Annual report of the Imperial Bacteriologist
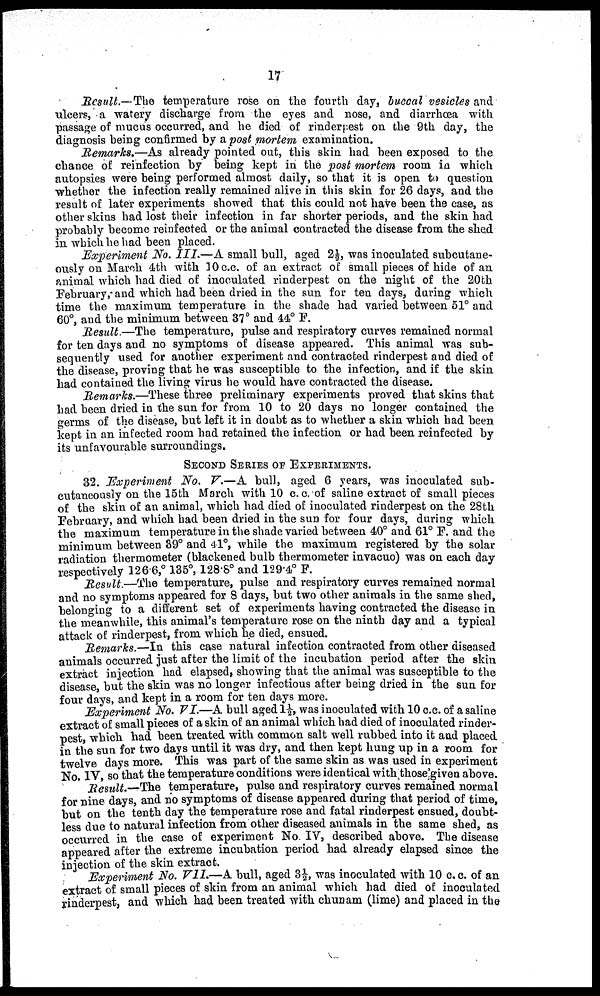
17
Result.—The temperature rose on the fourth day, buccal vesicles and
ulcers, a watery discharge from the eyes and nose, and diarrhœa with
passage of mucus occurred, and he died of rinderpest on the 9th day, the
diagnosis being confirmed by a post mortem examination.
Remarks.—As already pointed out, this skin had been exposed to the
chance of reinfection by being kept in the post mortem room in which
autopsies were being performed almost daily, so that it is open to question
whether the infection really remained alive in this skin for 26 days, and the
result of later experiments showed that this could not have been the case, as
other skins had lost their infection in far shorter periods, and the skin had
probably become reinfected or the animal contracted the disease from the shed
in which he had been placed.
Experiment No. III.—A small bull, aged 2½, was inoculated subcutane¬
ously on March 4th with 10 c.c. of an extract of small pieces of hide of an
animal which had died of inoculated rinderpest on the night of the 20th
February, and which had been dried in the sun for ten days, during which
time the maximum temperature in the shade had varied between 51° and
60°, and the minimum between 37° and 44° F.
Result —The temperature, pulse and respiratory curves remained normal
for ten days and no symptoms of disease appeared. This animal was sub-
sequently used for another experiment and contracted rinderpest and died of
the disease, proving that he was susceptible to the infection, and if the skin
had contained the living virus he would have contracted the disease.
Remarks.—These three preliminary experiments proved that skins that
had been dried in the sun for from 10 to 20 days no longer contained the
germs of the disease, but left it in doubt as to whether a skin which had been
kept in an infected room had retained the infection or had been reinfected by
its unfavourable surroundings.
SECOND SERIES OF EXPERIMENTS.
32. Experiment No. V.—A bull, aged 6 years, was inoculated sub¬
cutaneously on the 15th March with 10 c.c. of saline extract of small pieces
of the skin of an animal, which had died of inoculated rinderpest on the 28th
February, and which had been dried in the sun for four days, during which
the maximum temperature in the shade varied between 40° and 61° F. and the
minimum between 39° and 41°, while the maximum registered by the solar
radiation thermometer (blackened bulb thermometer invacuo) was on each day
respectively 126.6,° 135°, 128.8° and 129.4° F.
Result.—The temperature, pulse and respiratory curves remained normal
and no symptoms appeared for 8 days, but two other animals in the same shed,
belonging to a different set of experiments having contracted the disease in
the meanwhile, this animal's temperature rose on the ninth day and a typical
attack of rinderpest, from which he died, ensued.
Remarks.—In this case natural infection contracted from other diseased
animals occurred just after the limit of the incubation period after the skin
extract injection had elapsed, showing that the animal was susceptible to the
disease, but the skin was no longer infectious after being dried in the sun for
four days, and kept in a room for ten days more.
Experiment No. VI.—A bull aged 1½, was inoculated with 10 c.c. of a saline
extract of small pieces of a skin of an animal which had died of inoculated rinder-
pest, which had been treated with common salt well rubbed into it and placed
in the sun for two days until it was dry, and then kept hung up in a room for
twelve days more. This was part of the same skin as was used in experiment
No. IV, so that the temperature conditions were identical with those given above.
Result—The temperature, pulse and respiratory curves remained normal
for nine days, and no symptoms of disease appeared during that period of time,
but on the tenth day the temperature rose and fatal rinderpest ensued, doubt-
less due to natural infection from other diseased animals in the same shed, as
occurred in the case of experiment No. IV, described above. The disease
appeared after the extreme incubation period had already elapsed since the
injection of the skin extract.
Experiment No. VII—A bull, aged 3½, was inoculated with 10 c. c. of an
extract of small pieces of skin from an animal which had died of inoculated
rinderpest, and which had been treated with chunam (lime) and placed in the